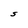
Character: S